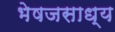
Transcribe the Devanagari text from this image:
भेषजसाध्य